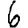
Digit: 6